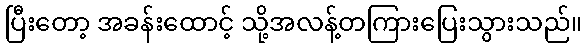
ပြီးတော့ အခန်းထောင့် သို့အလန့်တကြားပြေးသွားသည်။